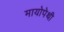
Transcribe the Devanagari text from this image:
मायोपेथी